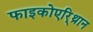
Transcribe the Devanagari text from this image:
फाइकोएरि्थ्रान